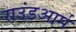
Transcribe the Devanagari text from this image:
राउंडआर्म